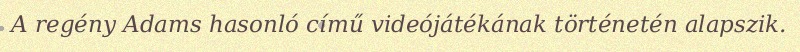
A regény Adams hasonló című videójátékának történetén alapszik.